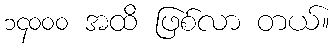
၁၄၀၀၀ အထိ ဖြစ်လာ တယ်။